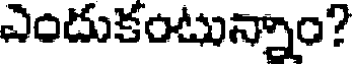
ఎందుకంటున్నాం?